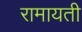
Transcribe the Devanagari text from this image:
रामायती